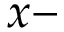
x -